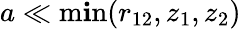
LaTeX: a\ll\operatorname*{m\mathbf{i}n}(r_{12},z_{1},z_{2})